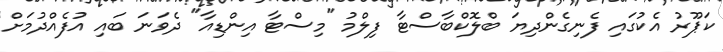
ކަޕޫރު އެކުގައި ފެނިގެންދިޔަ ބްލޮކްބާސްޓާ ފިލްމު "މިސްޓާ އިންޑިއާ" ދެވަނަ ބައި އުފެއްދުމަށް